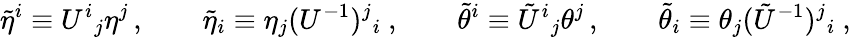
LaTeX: \widetilde{\eta}^{i}\equiv U^{i}{}_{j}\eta^{j}\, ,\qquad\widetilde{\eta}_{i}\equiv\eta_{j}(U^{-1})^{j}{}_{i}\ ,\qquad\widetilde{\theta}^{i}\equiv\tilde{U}^{i}{}_{j}\theta^{j}\, ,\qquad\widetilde{\theta}_{i}\equiv\theta_{j}(\tilde{U}^{-1})^{j}{}_{i}\ ,